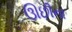
ઊછીના